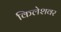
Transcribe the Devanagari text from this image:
किलेशवर